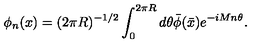
\phi _ { n } ( x ) = ( 2 \pi R ) ^ { - 1 / 2 } \int _ { 0 } ^ { 2 \pi R } d \theta \bar { \phi } ( \bar { x } ) e ^ { - i M n \theta } .